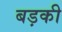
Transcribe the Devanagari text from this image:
बड़की